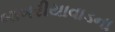
બાબરીયાવાડના